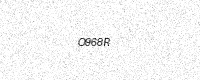
Text: O968R